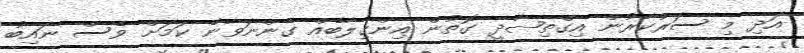
އަދި މި ސަރުކާރުން އިގްތިޞާދީ ގޮތުން އިންގިލާބެއް ގެންނަވާނެ ކަމަށް ވެސް ނައިބު